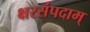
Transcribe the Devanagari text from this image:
क्षरसंपदाम्